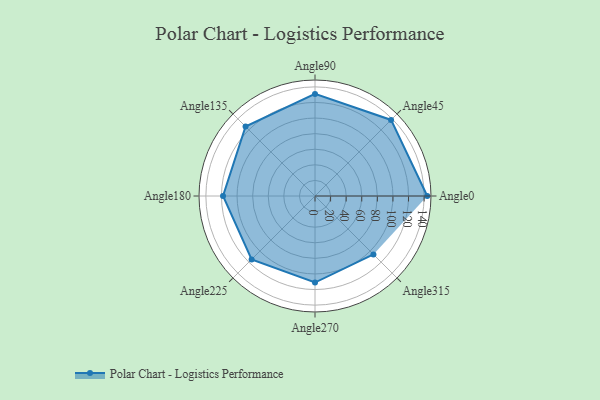
{"axis": {"x": "Angle", "y": "Radius"}, "legend": [""], "data": [{"x": "Angle0", "y": 144.0, "type": ""}, {"x": "Angle45", "y": 138.0, "type": ""}, {"x": "Angle90", "y": 131.0, "type": ""}, {"x": "Angle135", "y": 126.0, "type": ""}, {"x": "Angle180", "y": 118.0, "type": ""}, {"x": "Angle225", "y": 115.0, "type": ""}, {"x": "Angle270", "y": 111.0, "type": ""}, {"x": "Angle315", "y": 106.0, "type": ""}]}